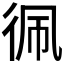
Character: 𮱼